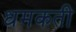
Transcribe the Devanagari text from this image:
धमकती